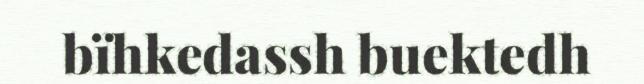
bïhkedassh buektedh